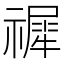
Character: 𥛹